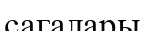
сагалары